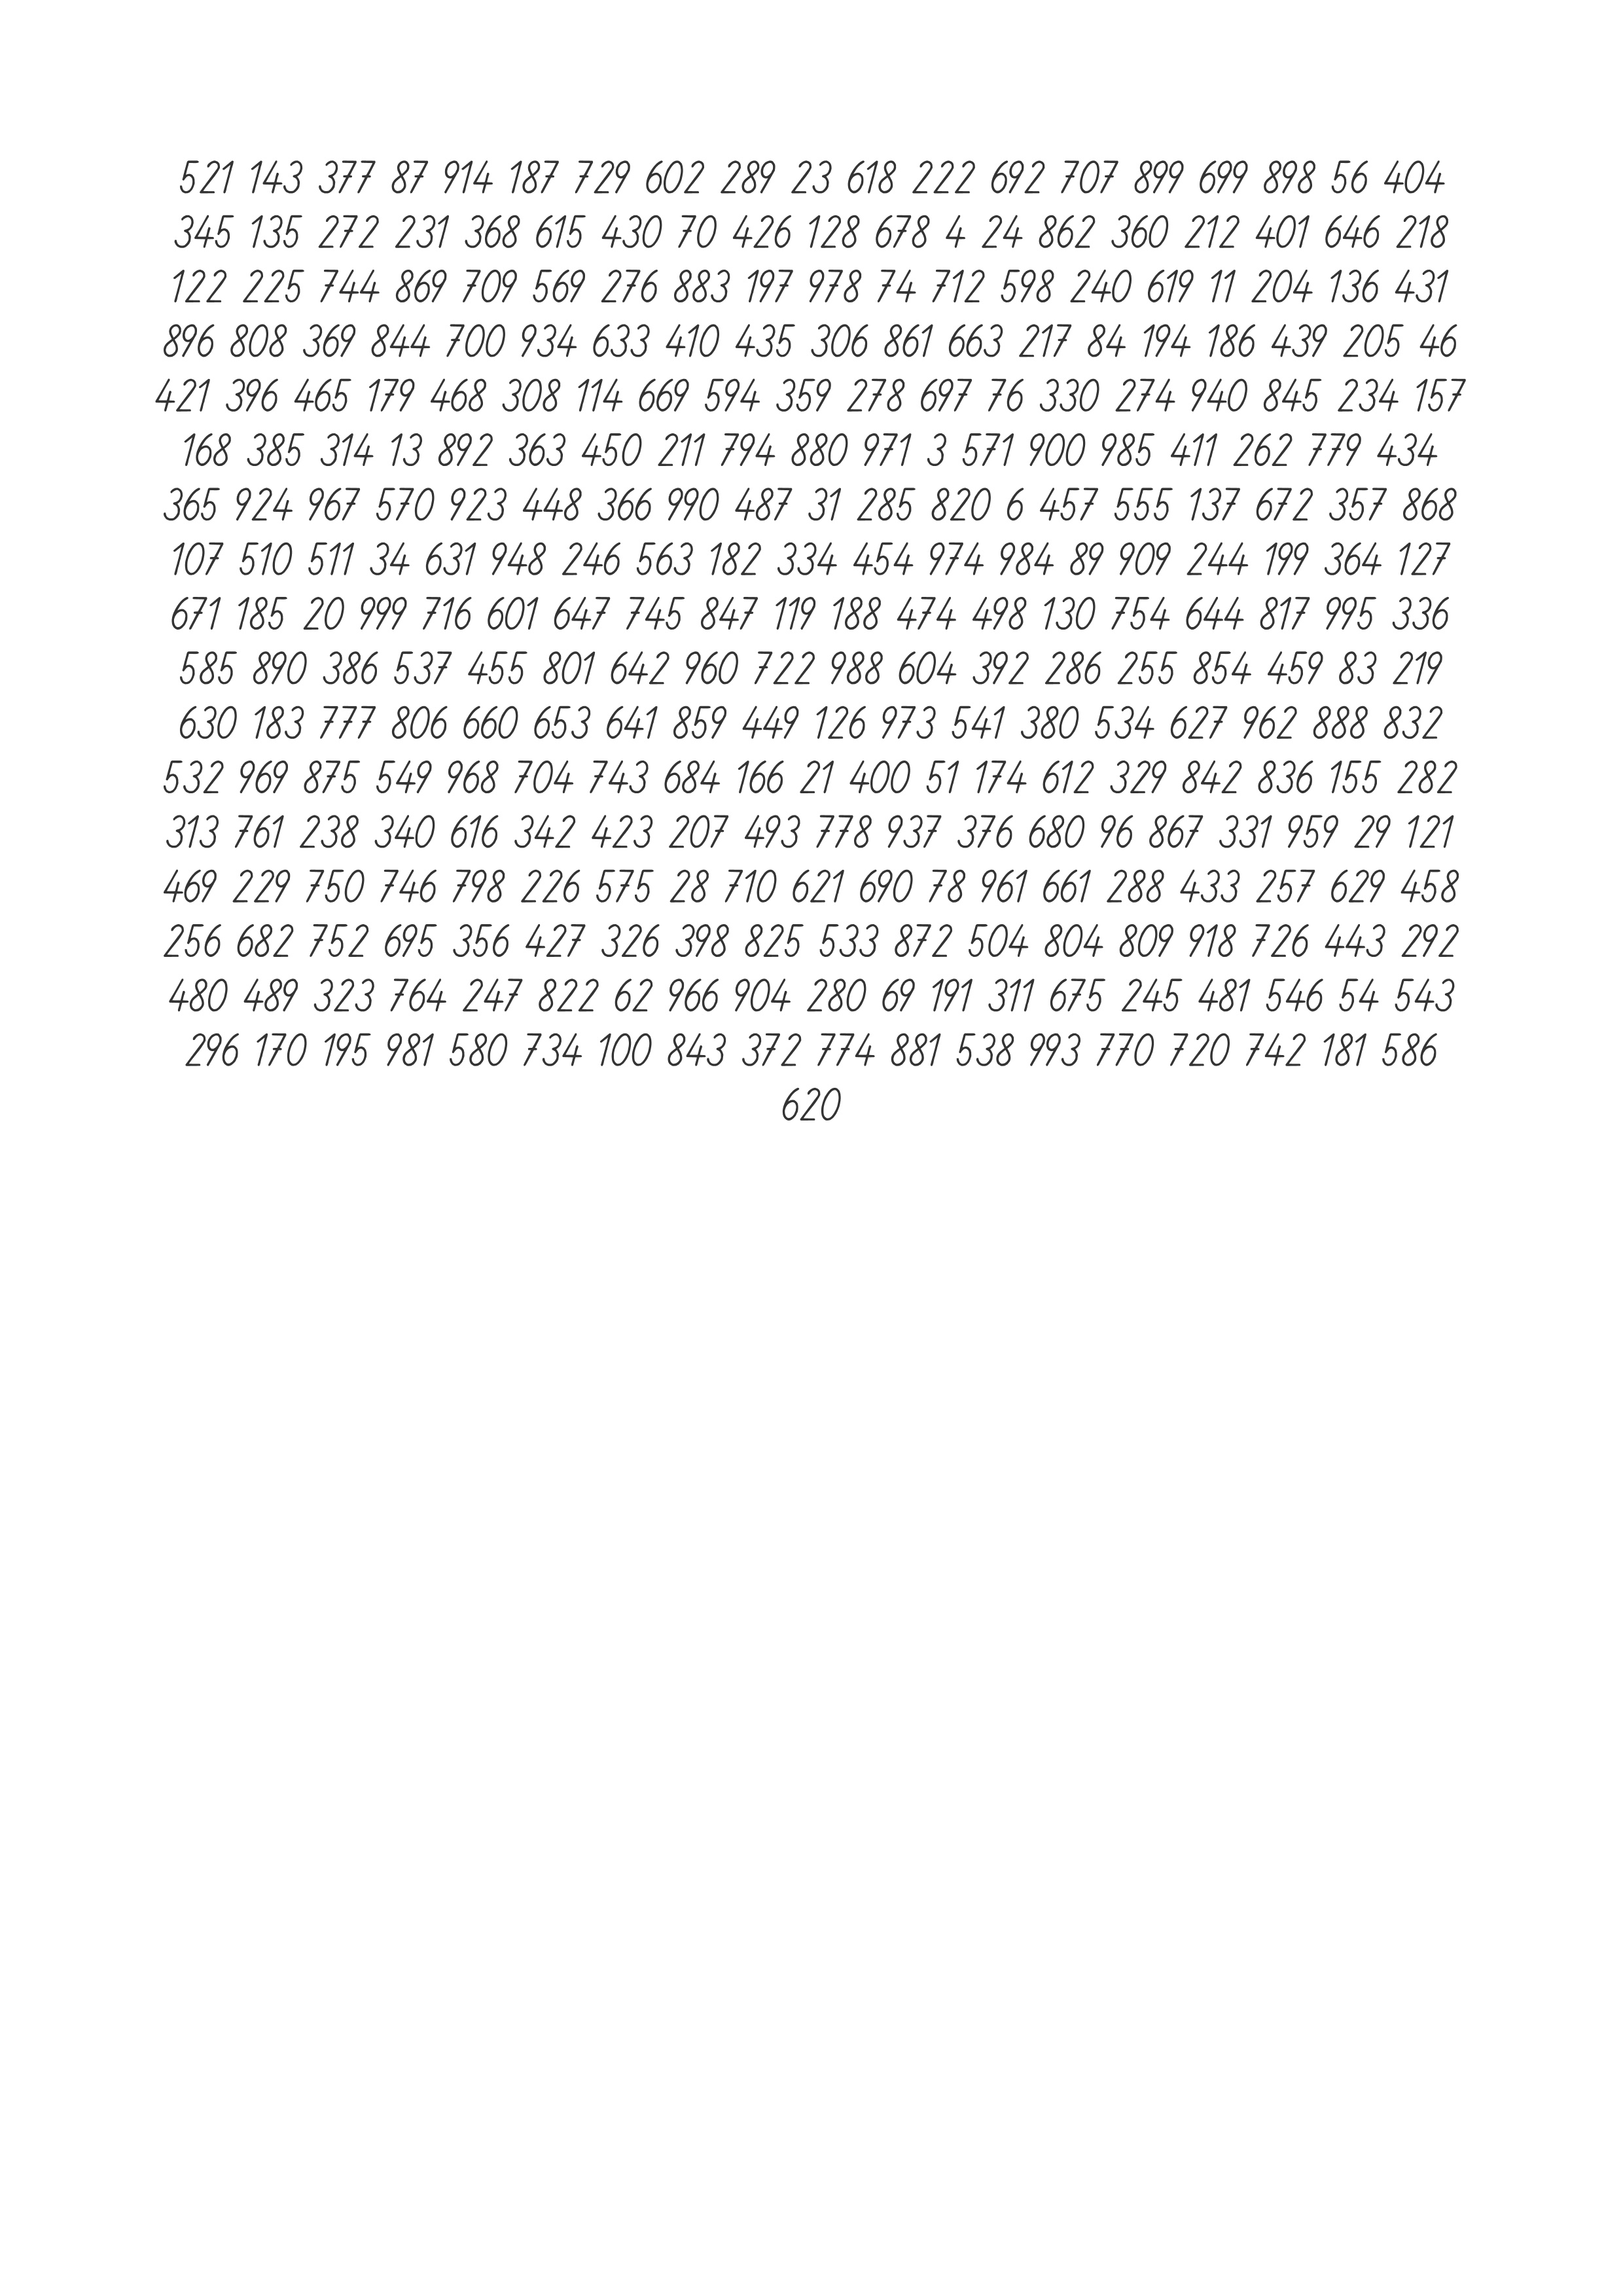
521 143 377 87 914 187 729 602 289 23 618 222 692 707 899 699 898 56 404
345 135 272 231 368 615 430 70 426 128 678 4 24 862 360 212 401 646 218
122 225 744 869 709 569 276 883 197 978 74 712 598 240 619 11 204 136 431
896 808 369 844 700 934 633 410 435 306 861 663 217 84 194 186 439 205 46
421 396 465 179 468 308 114 669 594 359 278 697 76 330 274 940 845 234 157
168 385 314 13 892 363 450 211 794 880 971 3 571 900 985 411 262 779 434
365 924 967 570 923 448 366 990 487 31 285 820 6 457 555 137 672 357 868
107 510 511 34 631 948 246 563 182 334 454 974 984 89 909 244 199 364 127
671 185 20 999 716 601 647 745 847 119 188 474 498 130 754 644 817 995 336
585 890 386 537 455 801 642 960 722 988 604 392 286 255 854 459 83 219
630 183 777 806 660 653 641 859 449 126 973 541 380 534 627 962 888 832
532 969 875 549 968 704 743 684 166 21 400 51 174 612 329 842 836 155 282
313 761 238 340 616 342 423 207 493 778 937 376 680 96 867 331 959 29 121
469 229 750 746 798 226 575 28 710 621 690 78 961 661 288 433 257 629 458
256 682 752 695 356 427 326 398 825 533 872 504 804 809 918 726 443 292
480 489 323 764 247 822 62 966 904 280 69 191 311 675 245 481 546 54 543
296 170 195 981 580 734 100 843 372 774 881 538 993 770 720 742 181 586
620